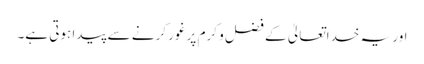
اور یہ خداتعالیٰ کے فضل و کرم پر غور کرنے سے پیدا ہوتی ہے۔